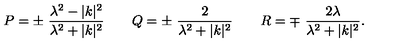
P = \pm \ { \frac { \lambda ^ { 2 } - | k | ^ { 2 } } { \lambda ^ { 2 } + | k | ^ { 2 } } } \qquad Q = \pm \ { \frac { 2 } { \lambda ^ { 2 } + | k | ^ { 2 } } } \qquad R = \mp \ { \frac { 2 \lambda } { \lambda ^ { 2 } + | k | ^ { 2 } } } .